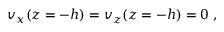
\begin{array} { r } { v _ { x } ( z = - h ) = v _ { z } ( z = - h ) = 0 \; , } \end{array}